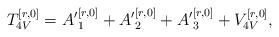
LaTeX: \begin{align*}T_{4V}^{[r,0]}={A'}_1^{[r,0]}+{A'}_2^{[r,0]}+{A'}_3^{[r,0]}+V_{4V}^{[r,0]},\end{align*}